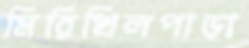
মিরিখিলপাড়া